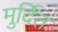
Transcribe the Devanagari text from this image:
मुर्दित